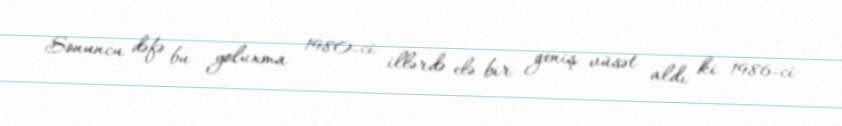
Sonuncu dəfə bu yoluxma 1980-ci illərdə elə bir geniş vüsət aldı ki 1986-ci